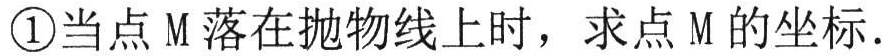
\textcircled{1}当点M落在抛物线上时，求点M的坐标.